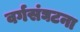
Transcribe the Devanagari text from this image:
वर्गसंघटना